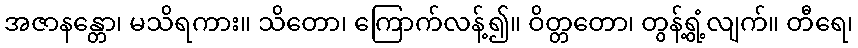
အဇာနန္တော၊ မသိရကား။ သိတော၊ ကြောက်လန့်၍။ ဝိတ္တတော၊ တွန့်ရွံ့လျက်။ တီရေ၊